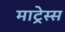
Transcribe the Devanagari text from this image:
माट्रेस्स